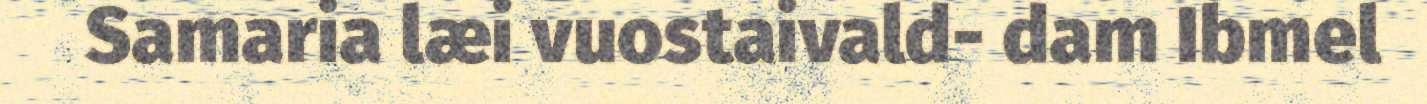
Samaria læi vuostaivald- dam Ibmel